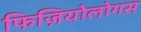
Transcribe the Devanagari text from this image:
फिज़ियोलोगस